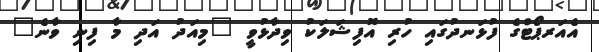
އެއަރޕޯޓްގެ ފުޅަނދުގައި ހުރި އޮފިޝަލަކު ވިދާޅުވީ "މިއަދު އަދި މާ ފިނި ވާނެ"